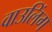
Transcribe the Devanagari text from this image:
वाउलिंग